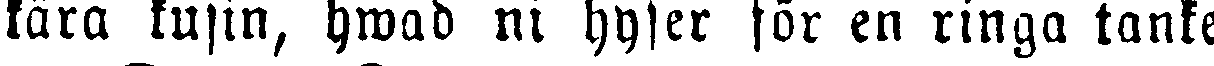
kära kusin, hwad ni hyser för en ringa tanke